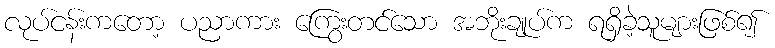
လုပ်ငန်းကတော့ ပညာကား ကြွေးတင်သော အဘိုးချုပ်က ရရှိခဲ့သူများဖြစ်၍